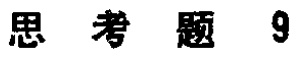
思考题 9